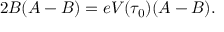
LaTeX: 2 B ( A - B ) = e V ( \tau _ { 0 } ) ( A - B ) .